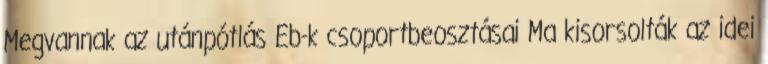
Megvannak az utánpótlás Eb-k csoportbeosztásai Ma kisorsolták az idei